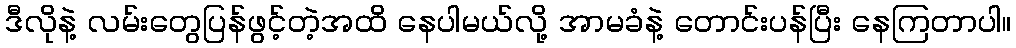
ဒီလိုနဲ့ လမ်းတွေပြန်ဖွင့်တဲ့အထိ နေပါမယ်လို့ အာမခံနဲ့ တောင်းပန်ပြီး နေကြတာပါ။